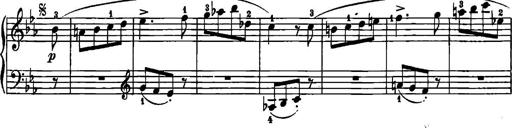
Title: 12 Sonatinas
Composer: Ignaz Pleyel